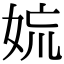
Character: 𡜋